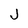
Character: J